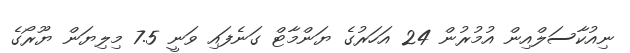
ނިއުކާސަލްއިން އުމުރުން 24 އަހަރުގެ ޔަންމާޓް ގަނެފައި ވަނީ 7.5 މިލިޔަން ޔޫރޯގެ